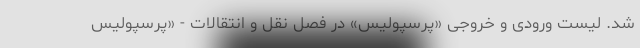
شد. لیست ورودی و خروجی «پرسپولیس» در فصل نقل و انتقالات - «پرسپولیس